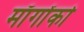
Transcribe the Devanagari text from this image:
माँगोंको